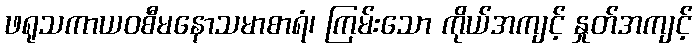
ဖရုသကာယဝစီမနောသမာစာရံ၊ ကြမ်းသော ကိုယ်အကျင့် နှုတ်အကျင့်